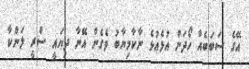
އޭގެ ސަބަބެއް ހޯދަން އުޅެއުޅެ ނާކާމިޔާބު ވެގެން އޭނާ ދިޔައީ ސްރީ ލަންކާ